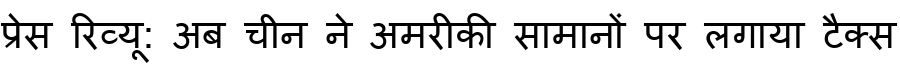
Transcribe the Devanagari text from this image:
प्रेस रिव्यू: अब चीन ने अमरीकी सामानों पर लगाया टैक्स